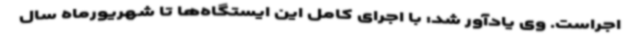
اجراست. وی یادآور شد: با اجرای کامل این ایستگاه‌ها تا شهریورماه سال